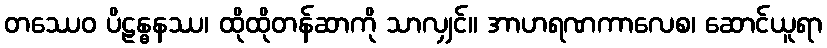
တဿေဝ ပိဠန္ဓနဿ၊ ထိုထိုတန်ဆာကို သာလျှင်။ အာဟရဏကာလေစ၊ ဆောင်ယူရာ